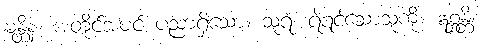
မန္တိနံ၊ အတိုင်အပင် ပညာရှိသော။ သူရံ၊ ရဲရင့်သောသူကို။ ဣစ္ဆန္တိ၊